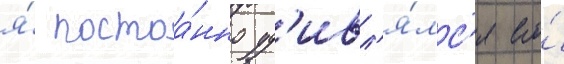
я́ постоа́нно уд'ивл'я́лс'я его́